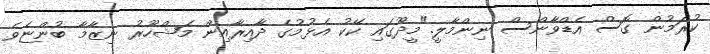
ކުރަމުން ގޮސް އެޑްވާންސް ނިންމާލީ."މީދޫގައި ކޭކު އެޅުމުގެ ދާއިރާއިން މަޝްހޫރު ނިޒާމާ ބުންޏެވެ